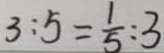
3 : 5 = \frac { 1 } { 5 } : 3